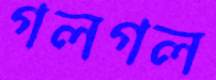
গলগল